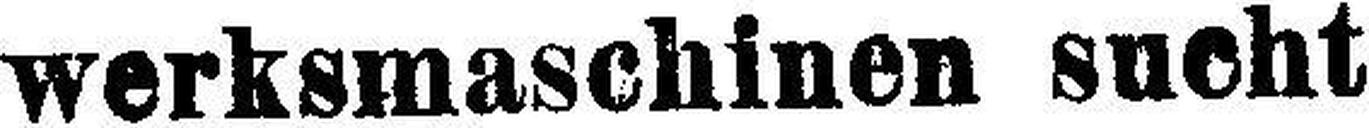
werksmaschinen sucht